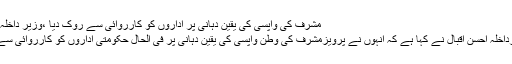
مشرف کی واپسی کی یقین دہانی پر اداروں کو کارروائی سے روک دیا ،ْوزیر داخلہ احسن اقبال
وفاقی وزیرداخلہ احسن اقبال نے کہا ہے کہ انہوں نے پرویزمشرف کی وطن واپسی کی یقین دہانی پر فی الحال حکومتی اداروں کو کارروائی سے روک دیا۔